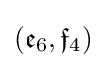
({\mathfrak {e}}_{6},{\mathfrak {f}}_{4})